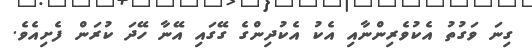
ގިނަ ވަގުތު އެކުވެރިންނާއި އެކު އެކުދިންގެ ގޭގައި އޭނާ ހޭދަ ކުރަން ފެށިއެވެ.